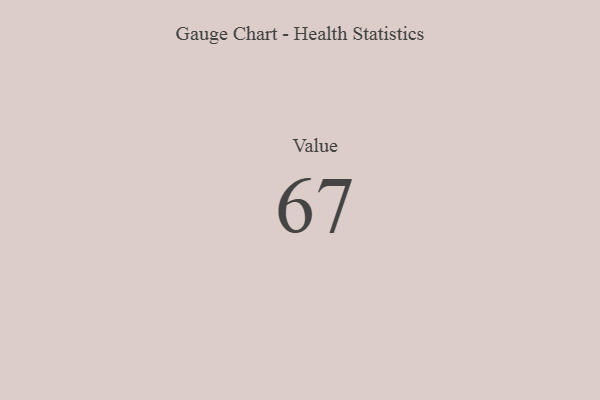
{"axis": {"x": "Metric", "y": "Value"}, "legend": [""], "data": [{"x": "Value", "y": 67, "type": ""}]}